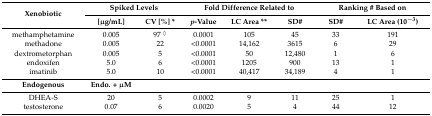
<table><thead><tr><td rowspan="2"><b>Xenobiotic</b></td><td colspan="2"><b>Spiked Levels</b></td><td colspan="3"><b>Fold Difference Related to</b></td><td colspan="2"><b>Ranking # Based on</b></td></tr><tr><td><b>[μg/mL]</b></td><td><b>CV [%] *</b></td><td><b><i>p</i>-Value</b></td><td><b>LC Area **</b></td><td><b>SD#</b></td><td><b>SD#</b></td><td><b>LC Area (10<sup>−3</sup>)</b></td></tr></thead><tbody><tr><td>methamphetamine</td><td>0.005</td><td>97 <sup>◊</sup></td><td>0.0001</td><td>105</td><td>45</td><td>33</td><td>191</td></tr><tr><td>methadone</td><td>0.005</td><td>22</td><td>&lt;0.0001</td><td>14,162</td><td>3615</td><td>6</td><td>29</td></tr><tr><td>dextrometorphan</td><td>0.005</td><td>5</td><td>&lt;0.0001</td><td>50</td><td>12,480</td><td>1</td><td>6</td></tr><tr><td>endoxifen</td><td>5.0</td><td>6</td><td>&lt;0.0001</td><td>1205</td><td>900</td><td>13</td><td>1</td></tr><tr><td>imatinib</td><td>5.0</td><td>10</td><td>&lt;0.0001</td><td>40,417</td><td>34,189</td><td>4</td><td>1</td></tr><tr><td><b>Endogenous</b></td><td><b>Endo. + μM</b></td><td></td><td></td><td></td><td></td><td></td><td></td></tr><tr><td>DHEA-S</td><td>20</td><td>5</td><td>0.0002</td><td>9</td><td>11</td><td>25</td><td>1</td></tr><tr><td>testosterone</td><td>0.07</td><td>6</td><td>0.0020</td><td>5</td><td>4</td><td>44</td><td>12</td></tr></tbody></table>